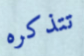
تتذكره